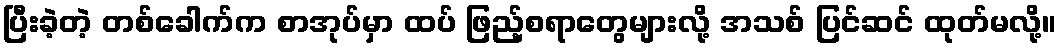
ပြီးခဲ့တဲ့ တစ်ခေါက်က စာအုပ်မှာ ထပ် ဖြည့်စရာတွေများလို့ အသစ် ပြင်ဆင် ထုတ်မလို့။